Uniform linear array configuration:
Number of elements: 48
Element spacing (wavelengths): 0.5
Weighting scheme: kaiser
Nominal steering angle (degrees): -30
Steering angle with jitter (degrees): -30.907
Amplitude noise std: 0.05
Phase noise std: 0.05

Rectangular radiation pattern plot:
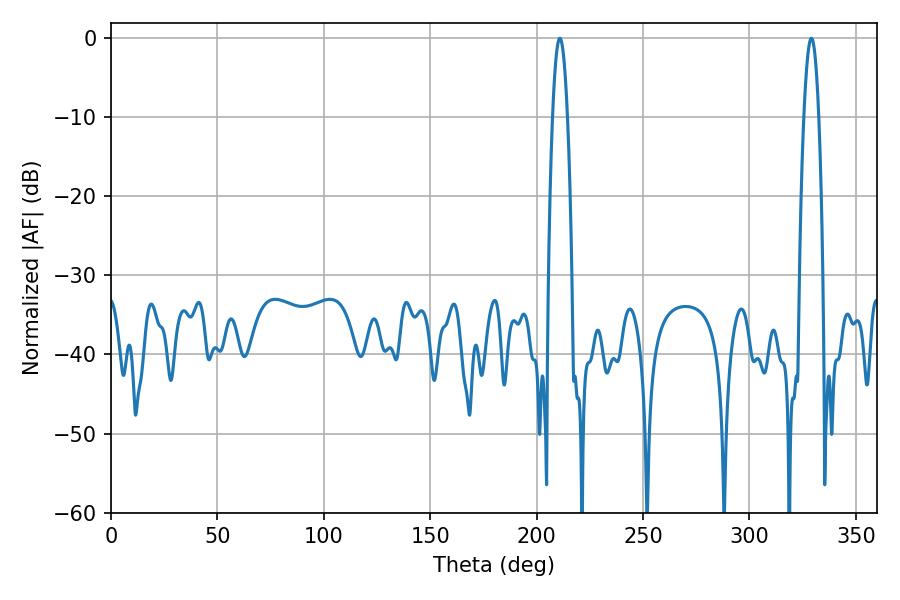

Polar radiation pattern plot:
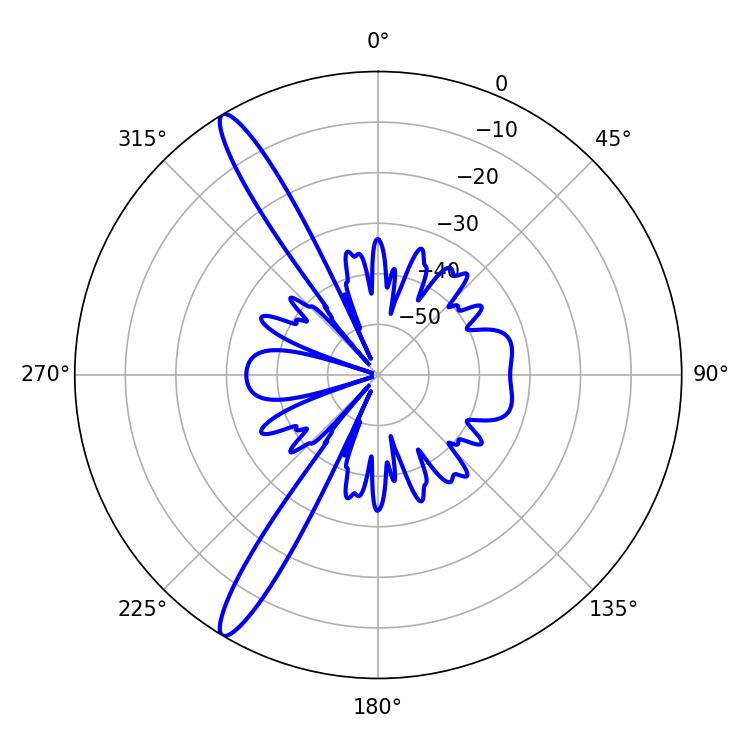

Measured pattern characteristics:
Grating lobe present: FALSE
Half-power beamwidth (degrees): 3.78
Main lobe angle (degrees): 329.04